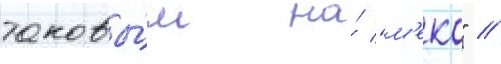
таковы́м на́ "м'еко" //